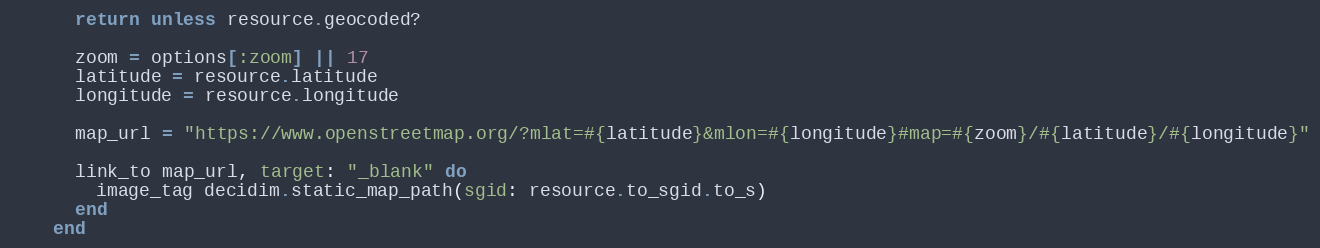
Language: Ruby
      return unless resource.geocoded?

      zoom = options[:zoom] || 17
      latitude = resource.latitude
      longitude = resource.longitude

      map_url = "https://www.openstreetmap.org/?mlat=#{latitude}&mlon=#{longitude}#map=#{zoom}/#{latitude}/#{longitude}"

      link_to map_url, target: "_blank" do
        image_tag decidim.static_map_path(sgid: resource.to_sgid.to_s)
      end
    end